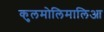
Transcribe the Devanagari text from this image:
कुलमोलिमालिआ